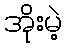
အိုးမဲ့